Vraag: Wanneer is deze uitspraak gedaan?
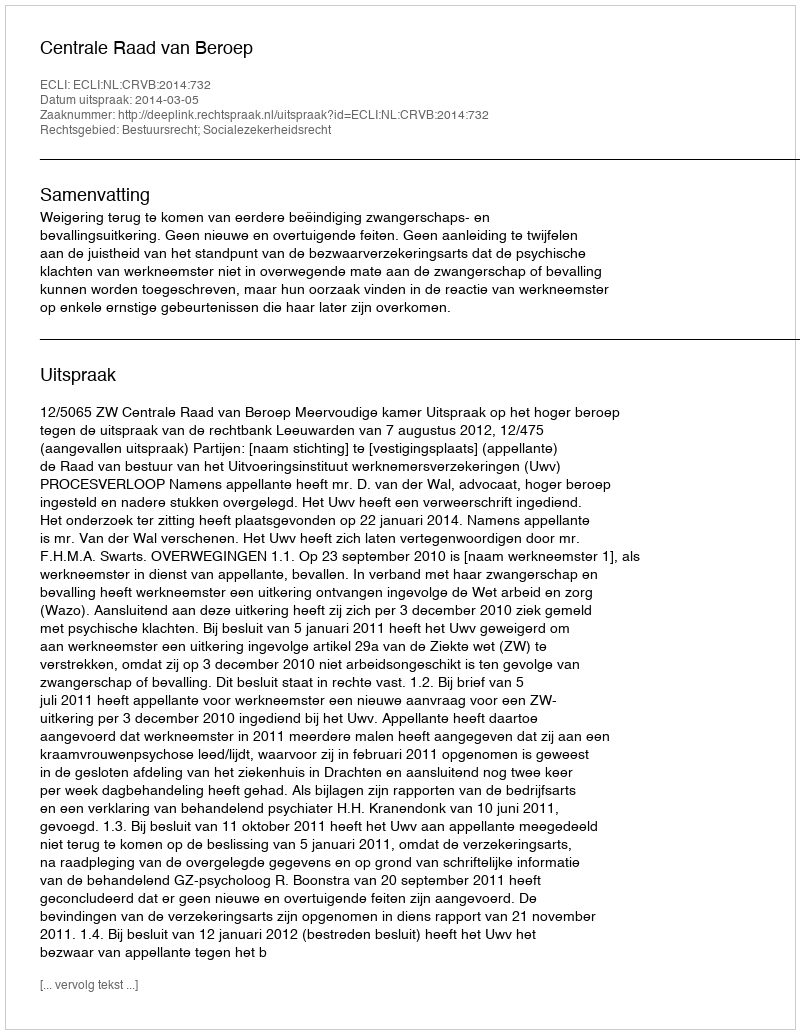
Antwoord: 2014-03-05